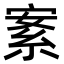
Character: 𦀀